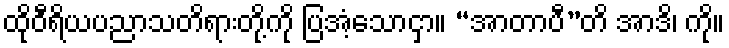
ထိုဝီရိယပညာသတိရားတို့ကို ပြအံ့သောငှာ။ “အာတာပီ”တိ အာဒိ၊ ကို။